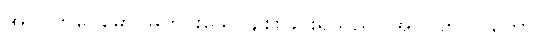
အဝိဂတပေမော၊ မကင်းသောချစ်းခြင်းရှိသည်။ အဝိဂတဝိပါကော၊